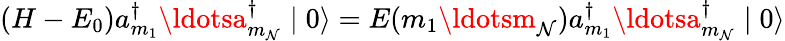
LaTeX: (H-E_{0})a_{m_{1}}^{\dagger}\ldotsa_{m_{\mathcal{N}}}^{\dagger}\mid0\rangle=E(m_{1}\ldotsm_{\mathcal{N}})a_{m_{1}}^{\dagger}\ldotsa_{m_{\mathcal{N}}}^{\dagger}\mid0\rangle